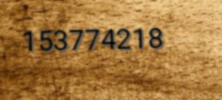
153774218